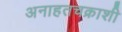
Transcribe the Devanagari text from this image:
अनाहतचक्राशी